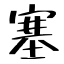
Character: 塞